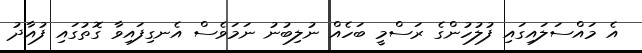
އެ މައްސަލައިގައި ފުލުހުންގެ ރަސްމީ ބަހެއް ނުލިބުނު ނަމަވެސް އެނގިފައިވާ ގޮތުގައި ފުއާދު